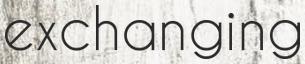
exchanging